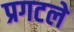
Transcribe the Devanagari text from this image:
प्रगटले